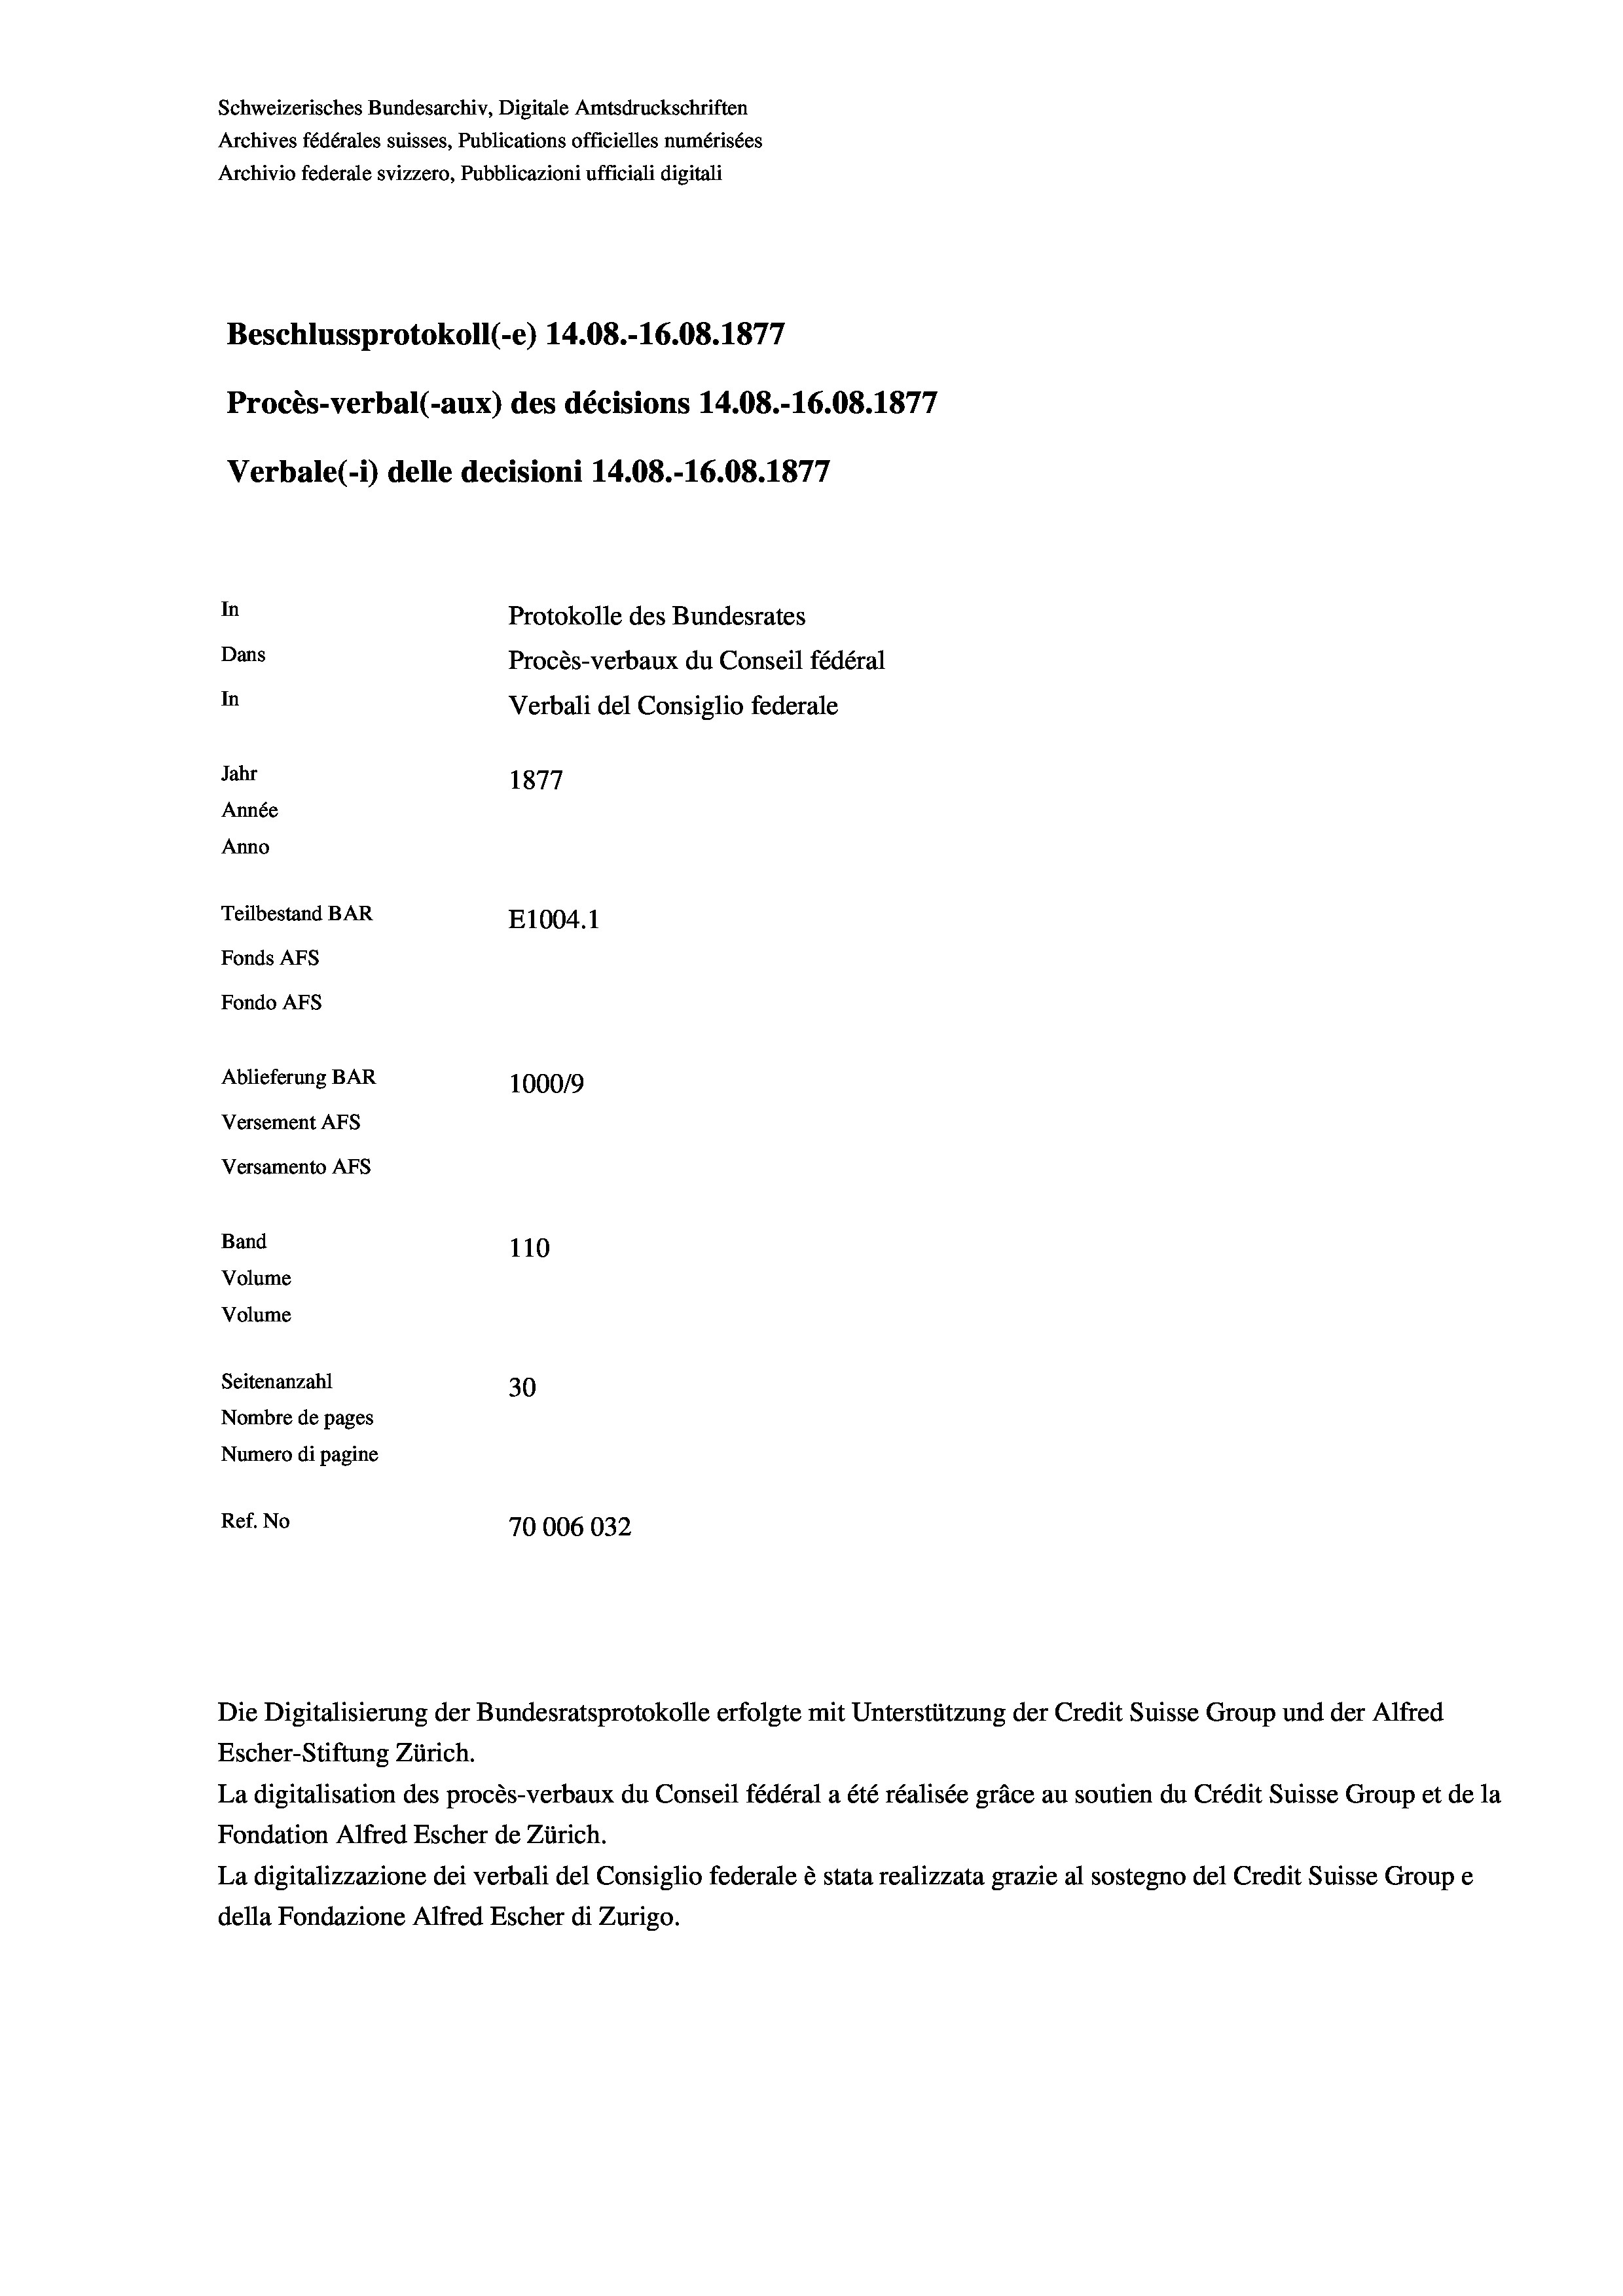
Schweizerisches Bundesarchiv, Digitale Amtsdruckschriften
Archives fédérales suisses, Publications officielles numérisées
Archivio federale svizzero, Pubblicazioni ufficiali digitali
Beschlussprotokoll (-e) 14.08.-16.08. 1877
Procès-verbal (-aux) des décisions 14.08.-16.08. 1877
Verbale (- 1) delle decisioni 14.08.-16.08. 1877
In
Protokolle des Bundesrates
Dans
Procès-verbaux du Conseil fédéral
In
Verbali del Consiglio federale
Jahr
1877
Année
Anno
Teilbestand BAR
E1004.1
Fonds AFs
Fondo AFS
Ablieferung BAR
100019
Versement AFs
Versamento AFS
Band
110
Volume
Volume

Seitenanzahl
30
Nombre de pages
Numero di pagine
Ref. No
70006032

Escher-Stiftung Zürich.
La digitalisation des procès-verbaux du Conseil fédéral a été réalisée gräce au soutien du Crédit Suisse Group et de la
Fondation Alfred Escher de Zürich.
La digitalizzazione dei verbali del Consiglio federale è stata realizzata grazie al sostegno del Credit Suisse Groupe
della Fondazione Alfred Escher di Zurigo.

Die Digitalisierung der Bundesratsprotokolle erfolgte mit Unterstützung der Credit Suisse Group und der Alfred